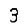
Digit: 3